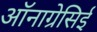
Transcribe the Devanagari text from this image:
ऑनाग्रेसिई